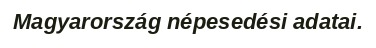
Magyarország népesedési adatai.